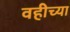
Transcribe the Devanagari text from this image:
वहीच्या